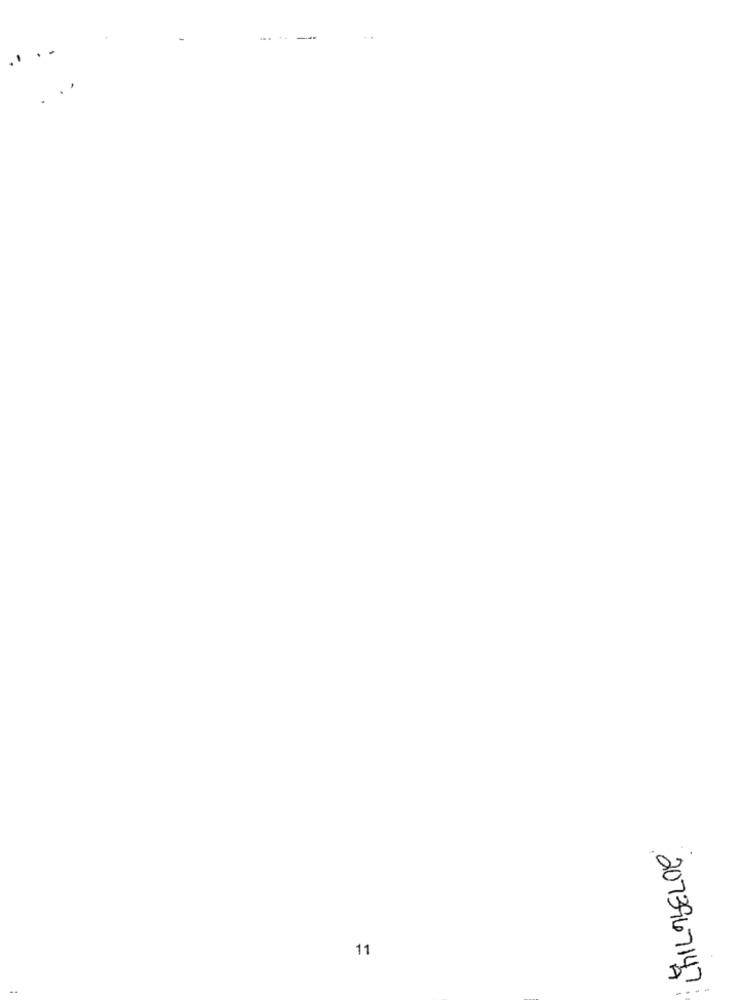
11
2073967147